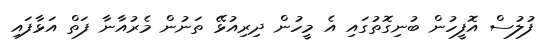
ފުލުސް އޮފީހުން ބުނިގޮތުގައި އެ މީހުން ދިރިއުޅޭ ތަނުން މެރުއާނާ ފަތް އަޅާފައި